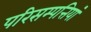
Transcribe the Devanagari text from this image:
परिसम्‍पत्तियां